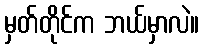
မှတ်တိုင်က ဘယ်မှာလဲ။